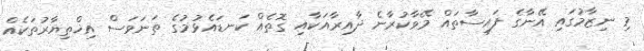
މި ނިޒާމުގައި އޭނާގެ ފައިސާތައް މޭވާކުރާނެ ދާއިރާއަކާއި ގޮތެއް ކަނޑައެޅުމުގެ ތަނަވަސް އިޚްތިޔާރުތަކެއް